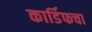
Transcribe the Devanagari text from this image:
कार्डिफचा